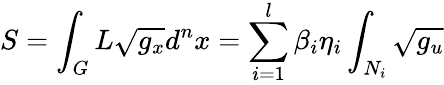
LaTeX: S=\int_{G}L\sqrt{g_{x}}d^{n}x=\sum_{i=1}^{l}\beta_{i}\eta_{i}\int_{N_{i}}\sqrt{g_{u}}